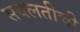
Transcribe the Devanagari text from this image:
सवलतीची